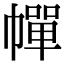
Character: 幝